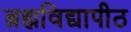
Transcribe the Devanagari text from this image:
ब्रह्मविद्यापीठ